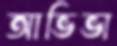
আভিভা